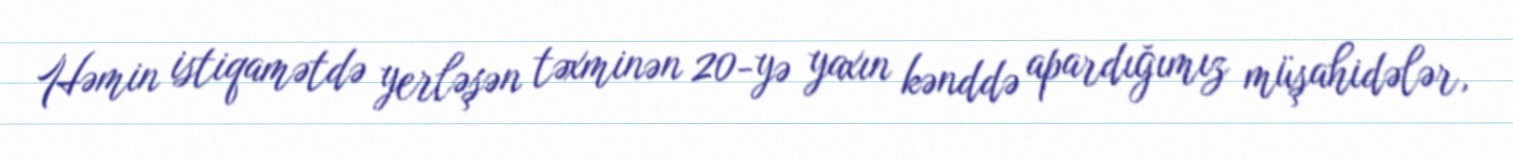
Həmin istiqamətdə yerləşən təxminən 20-yə yaxın kənddə apardığımız müşahidələr,